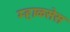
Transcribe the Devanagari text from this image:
म्हाळसेस